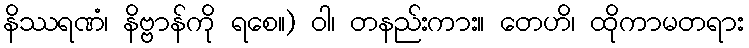
နိဿရဏံ၊ နိဗ္ဗာန်ကို ရစေ။) ဝါ၊ တနည်းကား။ တေဟိ၊ ထိုကာမတရား